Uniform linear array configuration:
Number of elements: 48
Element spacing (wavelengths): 1
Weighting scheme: binomial
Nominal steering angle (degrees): -60
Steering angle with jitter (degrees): -58.006
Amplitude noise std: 0.05
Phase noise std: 0.05

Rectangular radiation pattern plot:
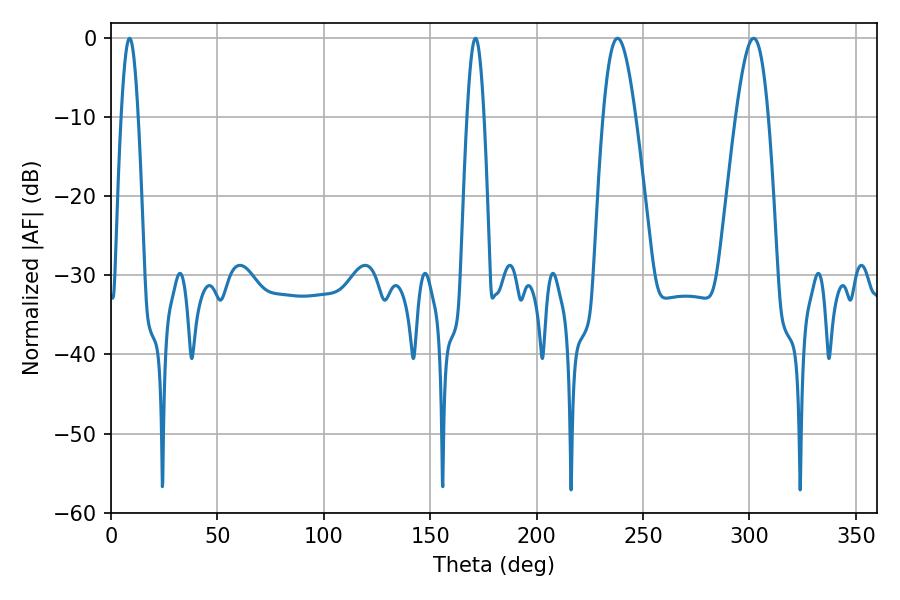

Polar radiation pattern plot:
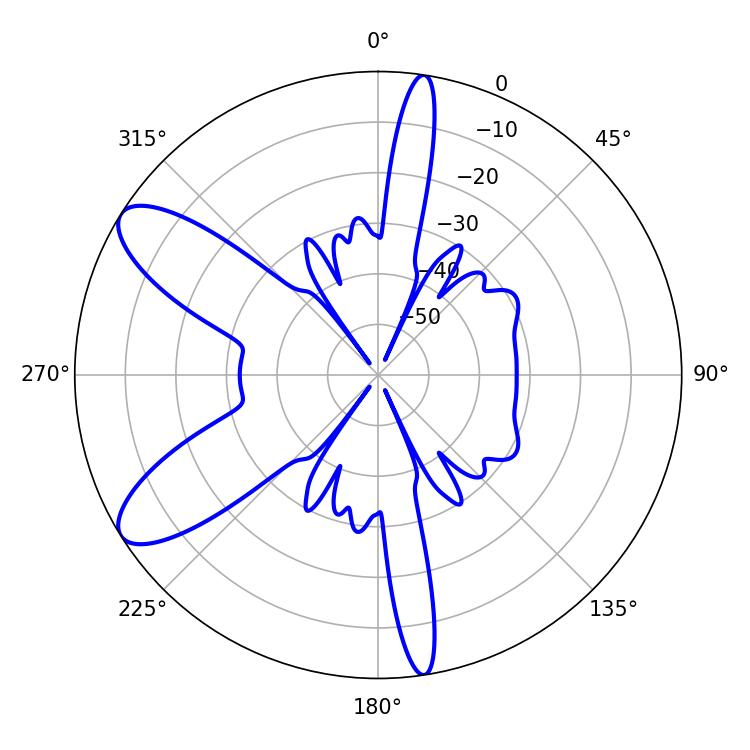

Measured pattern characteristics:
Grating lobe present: TRUE
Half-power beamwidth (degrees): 8.1
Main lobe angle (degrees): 237.96